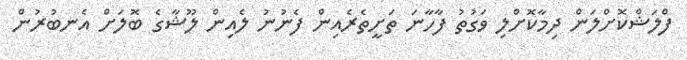
ފްލަޝްކޮށްލަން ދިމާކޮށްލި ވަގުތު ފާހާނަ ތަށީތެރެއިން ފެނުނު ލެއިން ލޫޝާގެ ބޮލަށް އެނބުރުން